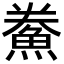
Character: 鮝